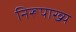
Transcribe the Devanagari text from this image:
निरूपाख्य